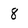
Character: 8